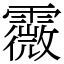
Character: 霺